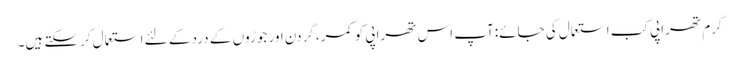
گرم تھراپی کب استعمال کی جائے:آپ اس تھراپی کو کمر،گردن اور جوڑوں کے درد کے لئے استعمال کرسکتے ہیں۔